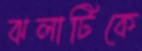
ঝলাটিকে